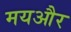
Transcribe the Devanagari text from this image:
मयऔर